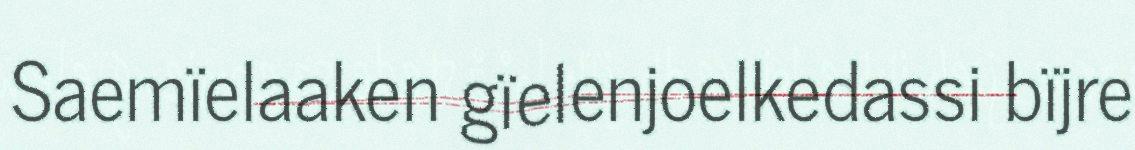
Saemïelaaken gïelenjoelkedassi bïjre